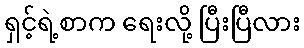
ရှင့်ရဲ့စာက ရေးလို့ ပြီးပြီလား